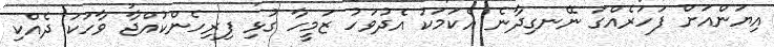
އިޔަންއަށް ފަހަރެއްގަ ނޭނގިދާނެ އެކަމަކު އެދުވަހު ޒަމީހާ ގުޅި ފިރިހެންކުއްޖާ ވާހަކަ ދެއްކި